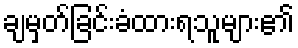
ချမှတ်ခြင်းခံထားရသူများ၏